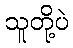
သူတို့ပဲ